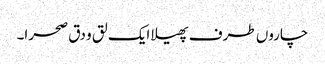
چاروں طرف پھیلا ایک لق و دق صحرا۔